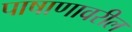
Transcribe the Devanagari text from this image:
पाषाणावरील